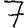
Digit: 7